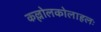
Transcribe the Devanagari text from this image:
कल्लोलकोलाहलः